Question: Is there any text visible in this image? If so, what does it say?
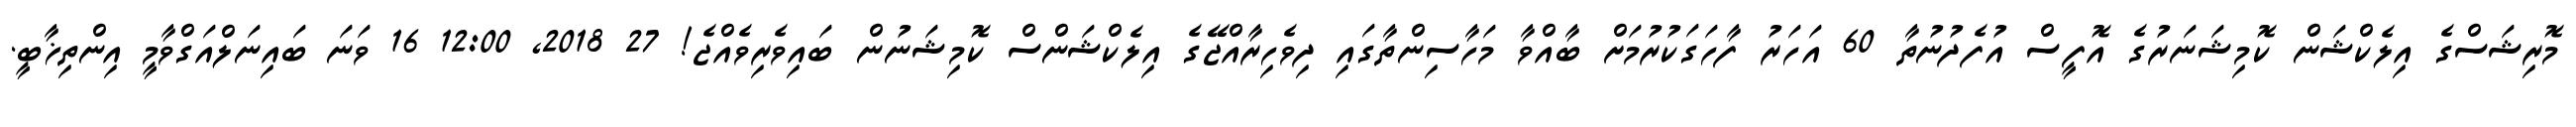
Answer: މޮރިޝަސްގެ އިލެކްޝަން ކޮމިޝަނަރުގެ އޮފީސް އުފެދުނުތާ 60 އަހަރު ފާހަގަކުރުމަށް ބާއްވާ މަހާސިންތާގައި ދިވެހިރާއްޖޭގެ އިލެކްޝަންސް ކޮމިޝަނުން ބައިވެރިވެއްޖެ! 27 2018, 12:00 16 ވަނަ ބައިނަލްއަގްވާމީ އިންތިޚާބީ.